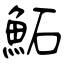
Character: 鮖